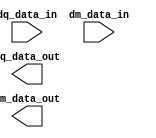
module rw_manager_data_broadcast(
	dq_data_in,
	dm_data_in,
	dq_data_out,
	dm_data_out
);

	parameter NUMBER_OF_DQS_GROUPS 	= "";
	parameter NUMBER_OF_DQ_PER_DQS 	= "";
	parameter AFI_RATIO 		= "";
	parameter MEM_DM_WIDTH		= "";

	localparam NUMBER_OF_DQ_BITS = NUMBER_OF_DQS_GROUPS * NUMBER_OF_DQ_PER_DQS;
	localparam NUMBER_OF_WORDS = 2 * AFI_RATIO;

	input [NUMBER_OF_DQ_PER_DQS * NUMBER_OF_WORDS - 1 : 0] dq_data_in;
	input [NUMBER_OF_WORDS - 1 : 0] dm_data_in;
	output [NUMBER_OF_DQ_BITS * NUMBER_OF_WORDS - 1 : 0] dq_data_out;
	output [MEM_DM_WIDTH * 2 * AFI_RATIO - 1 : 0] dm_data_out;

	genvar gr, wr, dmbit;
	generate
		for(wr = 0; wr < NUMBER_OF_WORDS; wr = wr + 1)
		begin : word
			for(gr = 0; gr < NUMBER_OF_DQS_GROUPS; gr = gr + 1)
			begin : group
				assign dq_data_out[wr * NUMBER_OF_DQ_BITS + (gr + 1) * NUMBER_OF_DQ_PER_DQS - 1 : wr * NUMBER_OF_DQ_BITS + gr * NUMBER_OF_DQ_PER_DQS] = 
					dq_data_in[(wr + 1) * NUMBER_OF_DQ_PER_DQS - 1 : wr * NUMBER_OF_DQ_PER_DQS];
			end

			for(dmbit = 0; dmbit < MEM_DM_WIDTH; dmbit = dmbit + 1)
			begin : data_mask_bit
				assign dm_data_out[wr * MEM_DM_WIDTH + dmbit] = dm_data_in[wr];
			end
		end
	endgenerate
	
`ifdef ADD_UNIPHY_SIM_SVA
	assert property (@dm_data_in NUMBER_OF_DQS_GROUPS == MEM_DM_WIDTH) else
	    $error("%t, [DATA BROADCAST ASSERT] NUMBER_OF_DQS_GROUPS and MEM_DM_WIDTH mismatch, NUMBER_OF_DQS_GROUPS = %d, MEM_DM_WIDTH = %d", $time, NUMBER_OF_DQS_GROUPS, MEM_DM_WIDTH);
`endif

endmodule